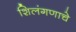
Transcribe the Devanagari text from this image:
शिलंगणाचे